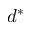
d ^ { * }